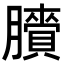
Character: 𦢒